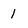
Character: l